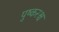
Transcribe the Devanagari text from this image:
पुष्करश्च